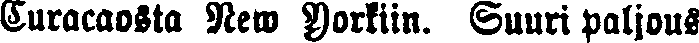
Curacaosta New Yorkiin. Suuri paljous